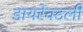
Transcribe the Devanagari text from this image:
डायरेक्टली